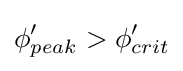
\phi _{peak}'>\phi _{crit}'